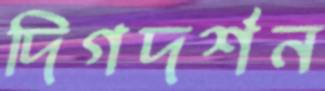
দিগদর্শন